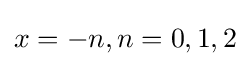
x=-n,n=0,1,2